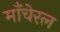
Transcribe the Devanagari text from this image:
माँचेरल